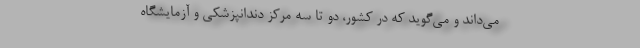
می‌داند و می‌گوید که در کشور، دو تا سه مرکز دندانپزشکی و آزمایشگاه